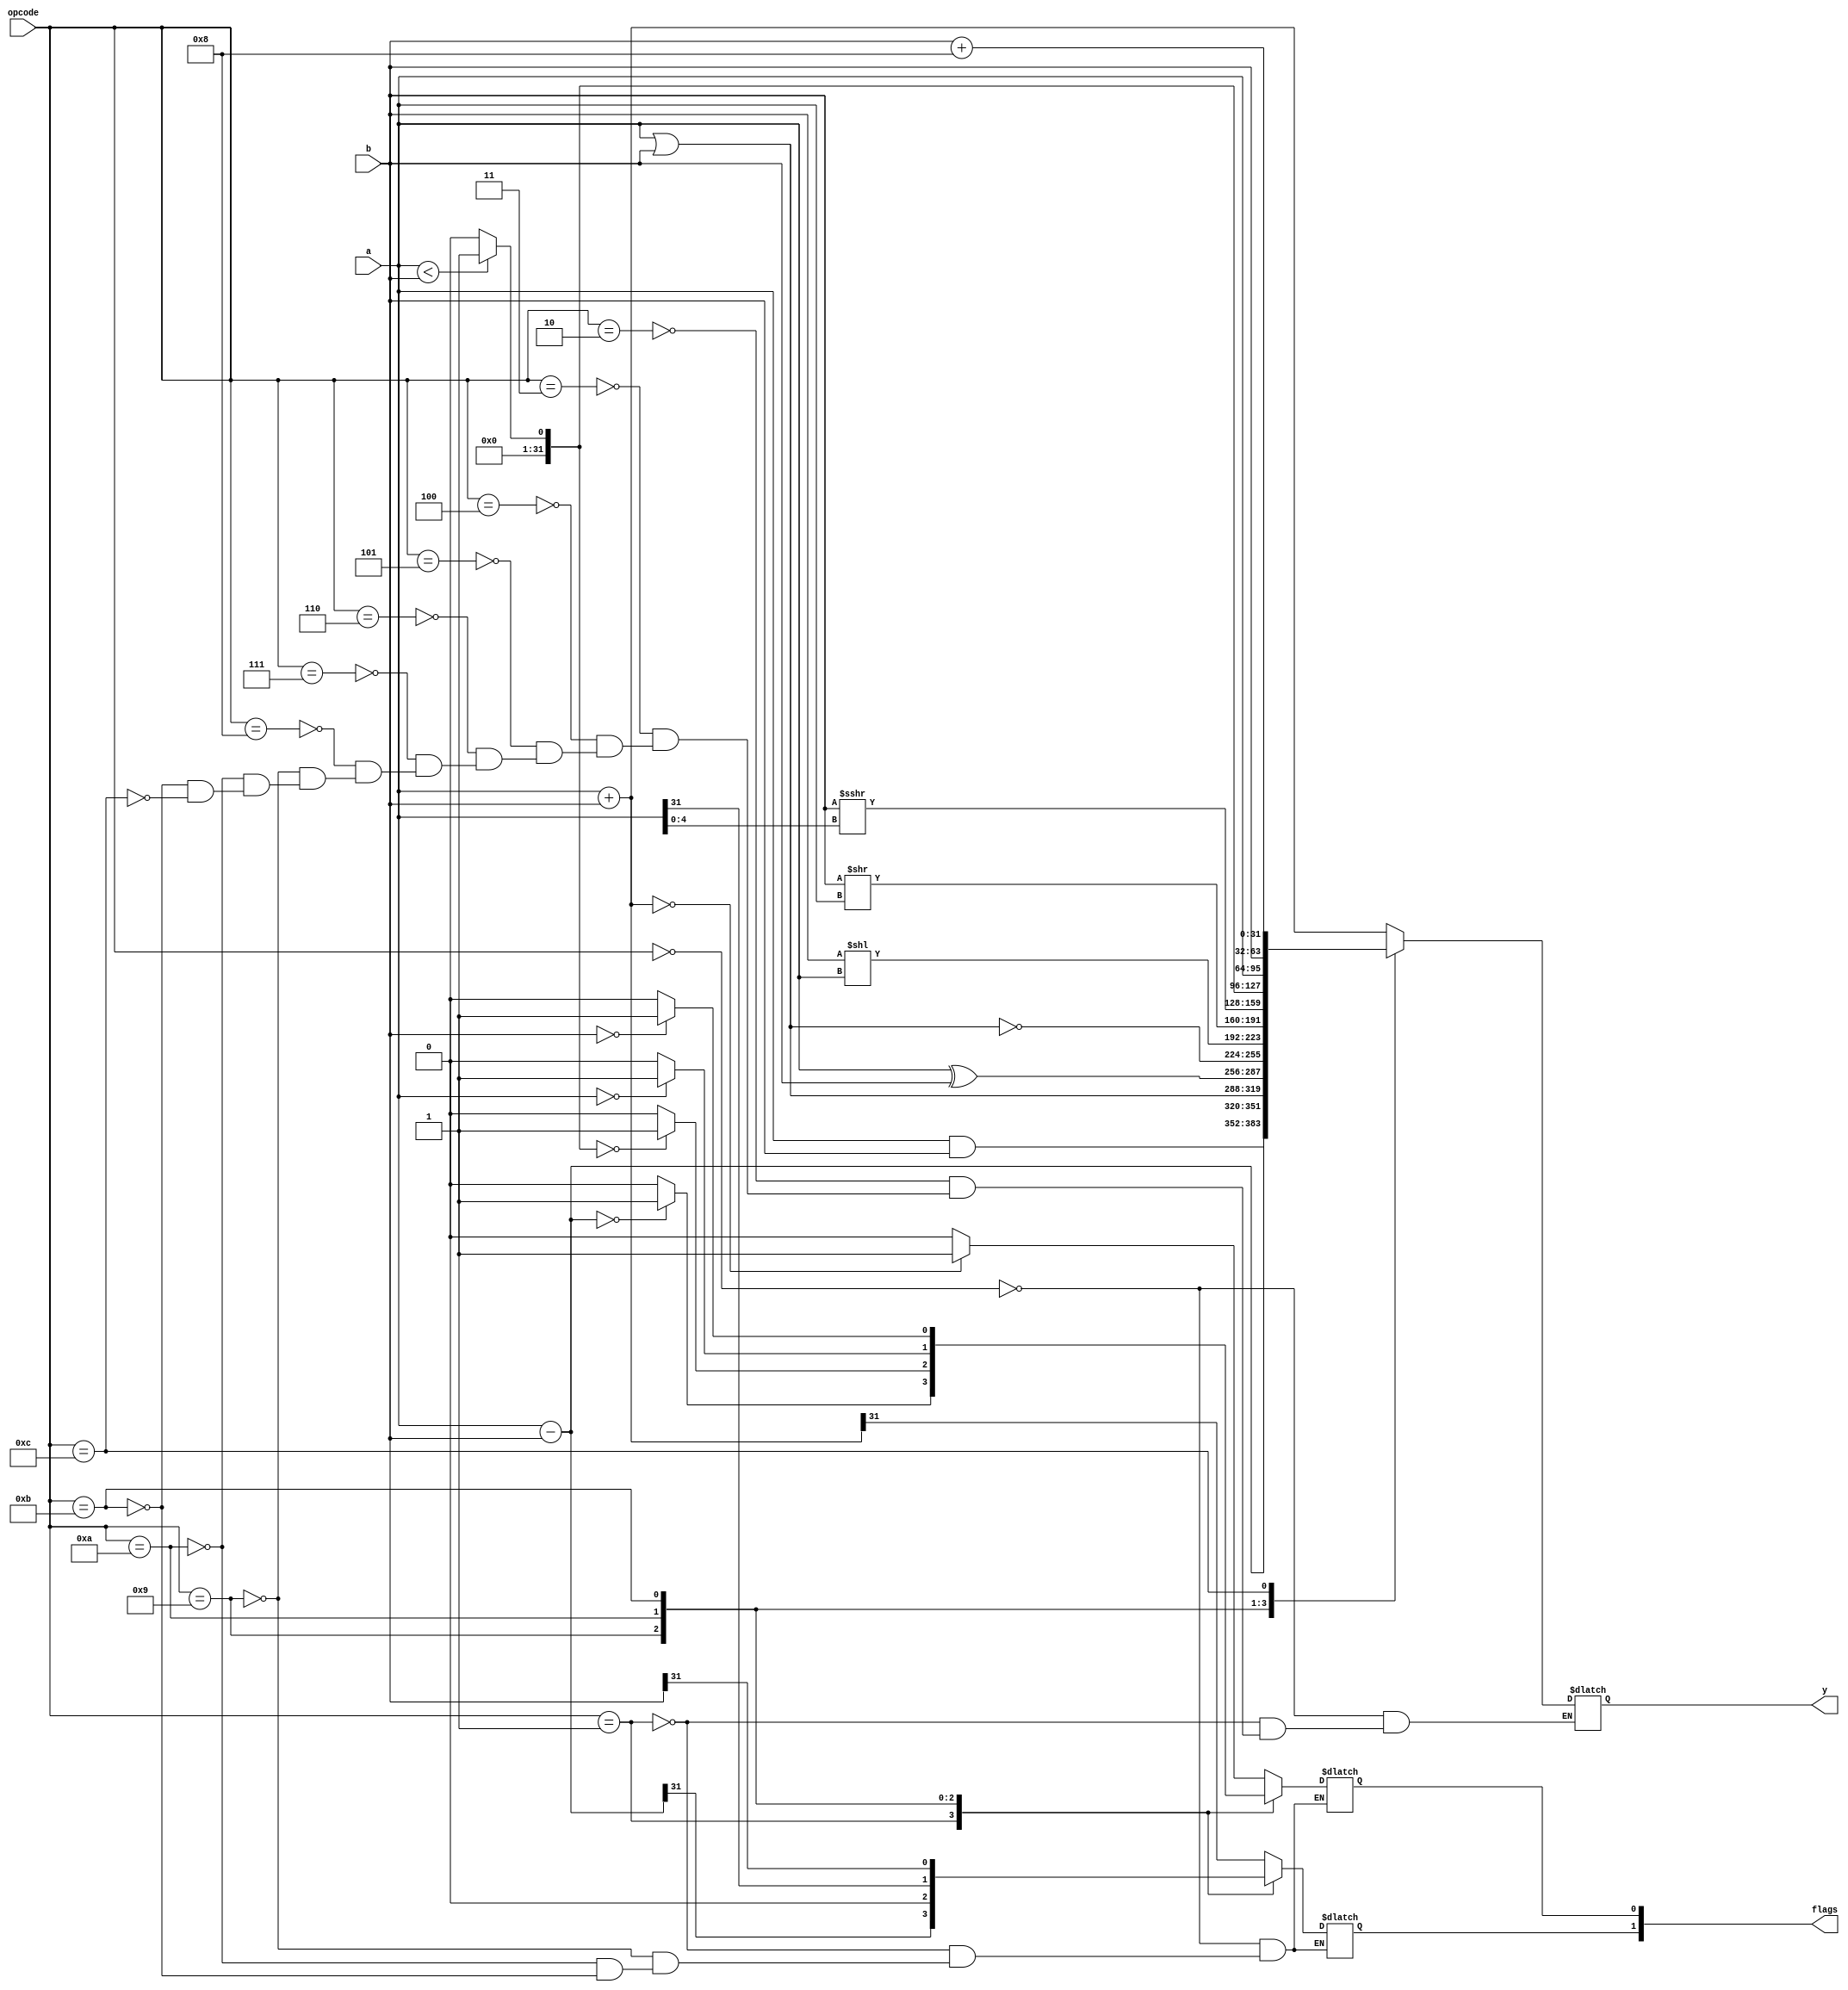
module alu (
    input [31:0] a,
    input [31:0] b,
    input [3:0] opcode,
    output reg [31:0] y,
    output reg [1:0] flags //Z,N
);

//reg[32:0] carry; //not necessary

always @(opcode, a, b) begin
    case (opcode)
        4'b0000: begin
            y = a + b; //PLUS
            if (y==0) flags[0]=1;
            else flags[0]=0;
            flags[1]=y[31];
        end
        4'b0001: begin
            y = a - b; //MINUS
            if (y==0) flags[0]=1;
            else flags[0]=0;
            flags[1]=y[31];
            
        end
        4'b0010: y = a & b; //AND

        4'b0011: y = a | b; //OR

        4'b0100: y = a ^ b; //XOR

        4'b0101: y = ~(a | b); //NOR

        4'b0110: y = b << a; //shift logic left

        4'b0111: y = b >> a; //shift logic right

        4'b1000: y = $signed(b) >>> a[4:0]; //shift arithmetic right

        4'b1001: begin
            if (a < b) y = 1; //if statement
            else y = 0;
            if (y==0) flags[0]=1;
            else flags[0]=0;
            flags[1]=y[31];
        end
        4'b1010: begin
            y = a; //A
            if (y==0) flags[0]=1;
            else flags[0]=0;
            flags[1]=y[31];
        end
        4'b1011: begin
            y = b; //B
            if (y==0) flags[0]=1;
            else flags[0]=0;
            flags[1]=y[31];
        end
        4'b1100: y = b + 8; //add 8 to B

        //unused inputs listed below
        //4'b1101: y = a + b;
        //4'b1110: y = a + b;

        //4'b1111: y = a + b;
    endcase

 // $display("opcode: %b, a: %b, b: %b, y: %b", opcode, a, b ,y);

    end
endmodule